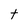
Character: t